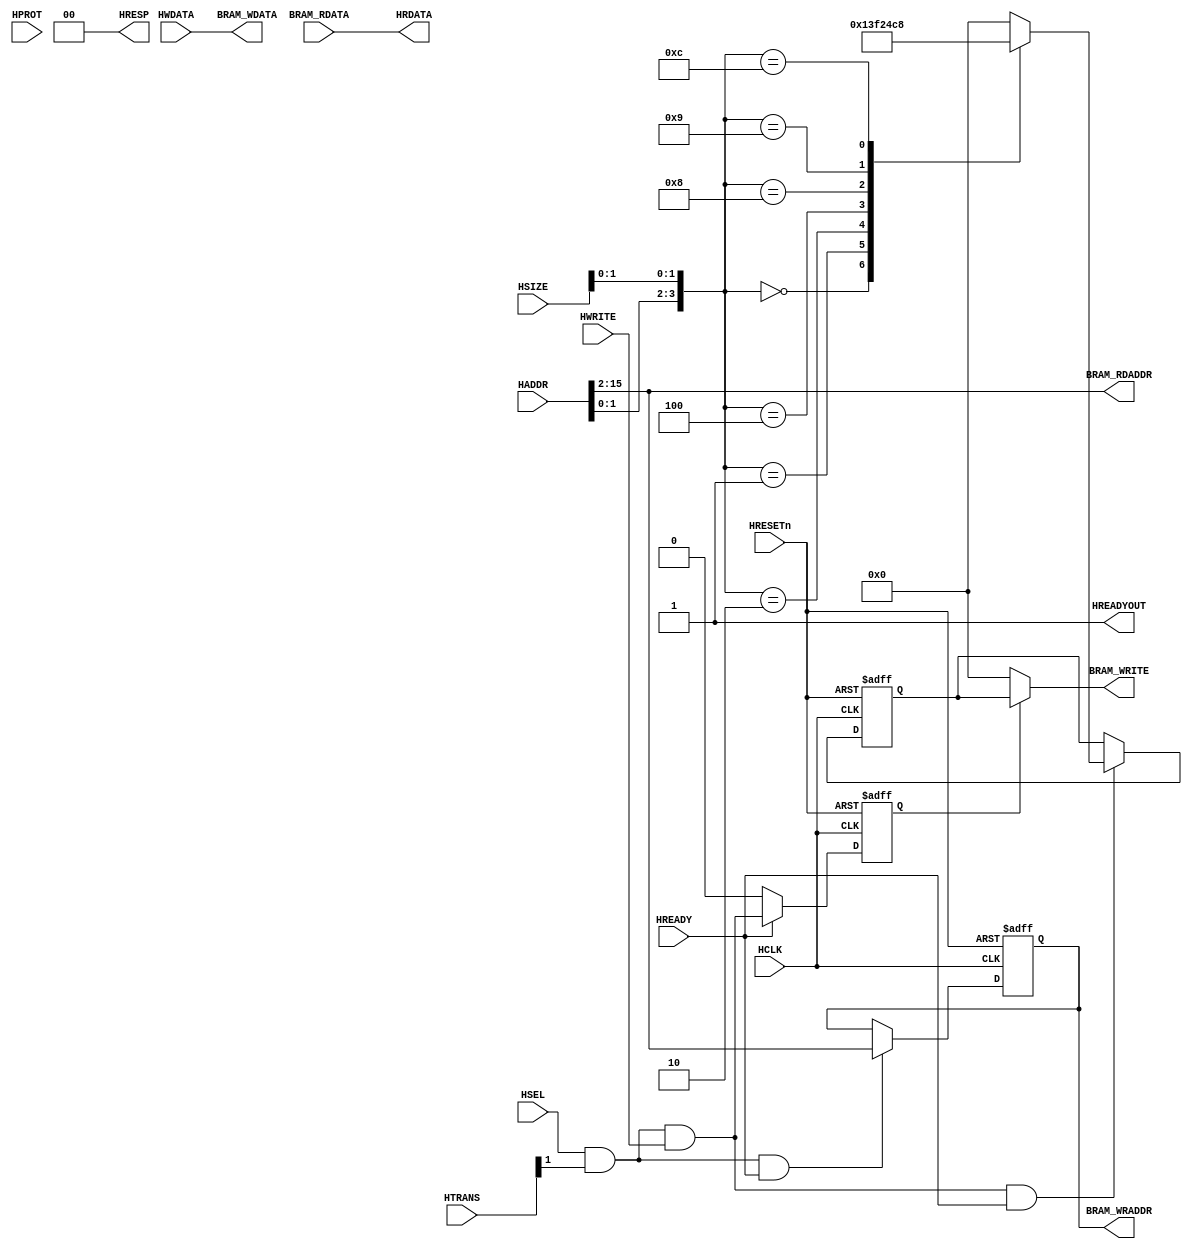
module AHBlite_Block_RAM #(
    parameter                       ADDR_WIDTH = 14)(
    input  wire                     HCLK,    
    input  wire                     HRESETn, 
    input  wire                     HSEL,    
    input  wire   [31:0]            HADDR,   
    input  wire   [1:0]             HTRANS,  
    input  wire   [2:0]             HSIZE,   
    input  wire   [3:0]             HPROT,   
    input  wire                     HWRITE,  
    input  wire   [31:0]            HWDATA,   
    input wire                      HREADY, 
    output wire                     HREADYOUT, 
    output wire   [31:0]            HRDATA,  
    output wire   [1:0]             HRESP,
    output wire   [ADDR_WIDTH-1:0]  BRAM_RDADDR,
    output wire   [ADDR_WIDTH-1:0]  BRAM_WRADDR,
    input  wire   [31:0]            BRAM_RDATA,
    output wire   [31:0]            BRAM_WDATA,
    output wire   [3:0]             BRAM_WRITE
);

assign HRESP = 2'b0;
assign HRDATA = BRAM_RDATA;

wire trans_en;
assign trans_en = HSEL & HTRANS[1];

wire write_en;
assign write_en = trans_en & HWRITE;

wire read_en;
assign read_en = trans_en & (~HWRITE);

reg [3:0] size_dec;
always@(*) begin
  case({HADDR[1:0],HSIZE[1:0]})
    4'h0 : size_dec = 4'h1;
    4'h1 : size_dec = 4'h3;
    4'h2 : size_dec = 4'hf;
    4'h4 : size_dec = 4'h2;
    4'h8 : size_dec = 4'h4;
    4'h9 : size_dec = 4'hc;
    4'hc : size_dec = 4'h8;
    default : size_dec = 4'h0;
  endcase
end

reg [3:0] size_reg;
always@(posedge HCLK or negedge HRESETn) begin
  if(~HRESETn) size_reg <= 0;
  else if(write_en & HREADY) size_reg <= size_dec;
end


reg [ADDR_WIDTH-1:0] addr_reg;
always@(posedge HCLK or negedge HRESETn) begin
  if(~HRESETn) addr_reg <= 0;
  else if(trans_en & HREADY) addr_reg <= HADDR[(ADDR_WIDTH+1):2];
end


reg wr_en_reg;

always@(posedge HCLK or negedge HRESETn) begin
  if(~HRESETn) wr_en_reg <= 1'b0;
  else if(HREADY) wr_en_reg <= write_en;
  else wr_en_reg <= 1'b0;
end

assign BRAM_RDADDR = HADDR[(ADDR_WIDTH+1):2];
assign BRAM_WRADDR  = addr_reg;
assign HREADYOUT = 1'b1;
assign BRAM_WRITE = wr_en_reg ? size_reg : 4'h0;
assign BRAM_WDATA = HWDATA; 

endmodule